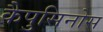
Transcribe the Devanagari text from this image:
कैपुसिनोस